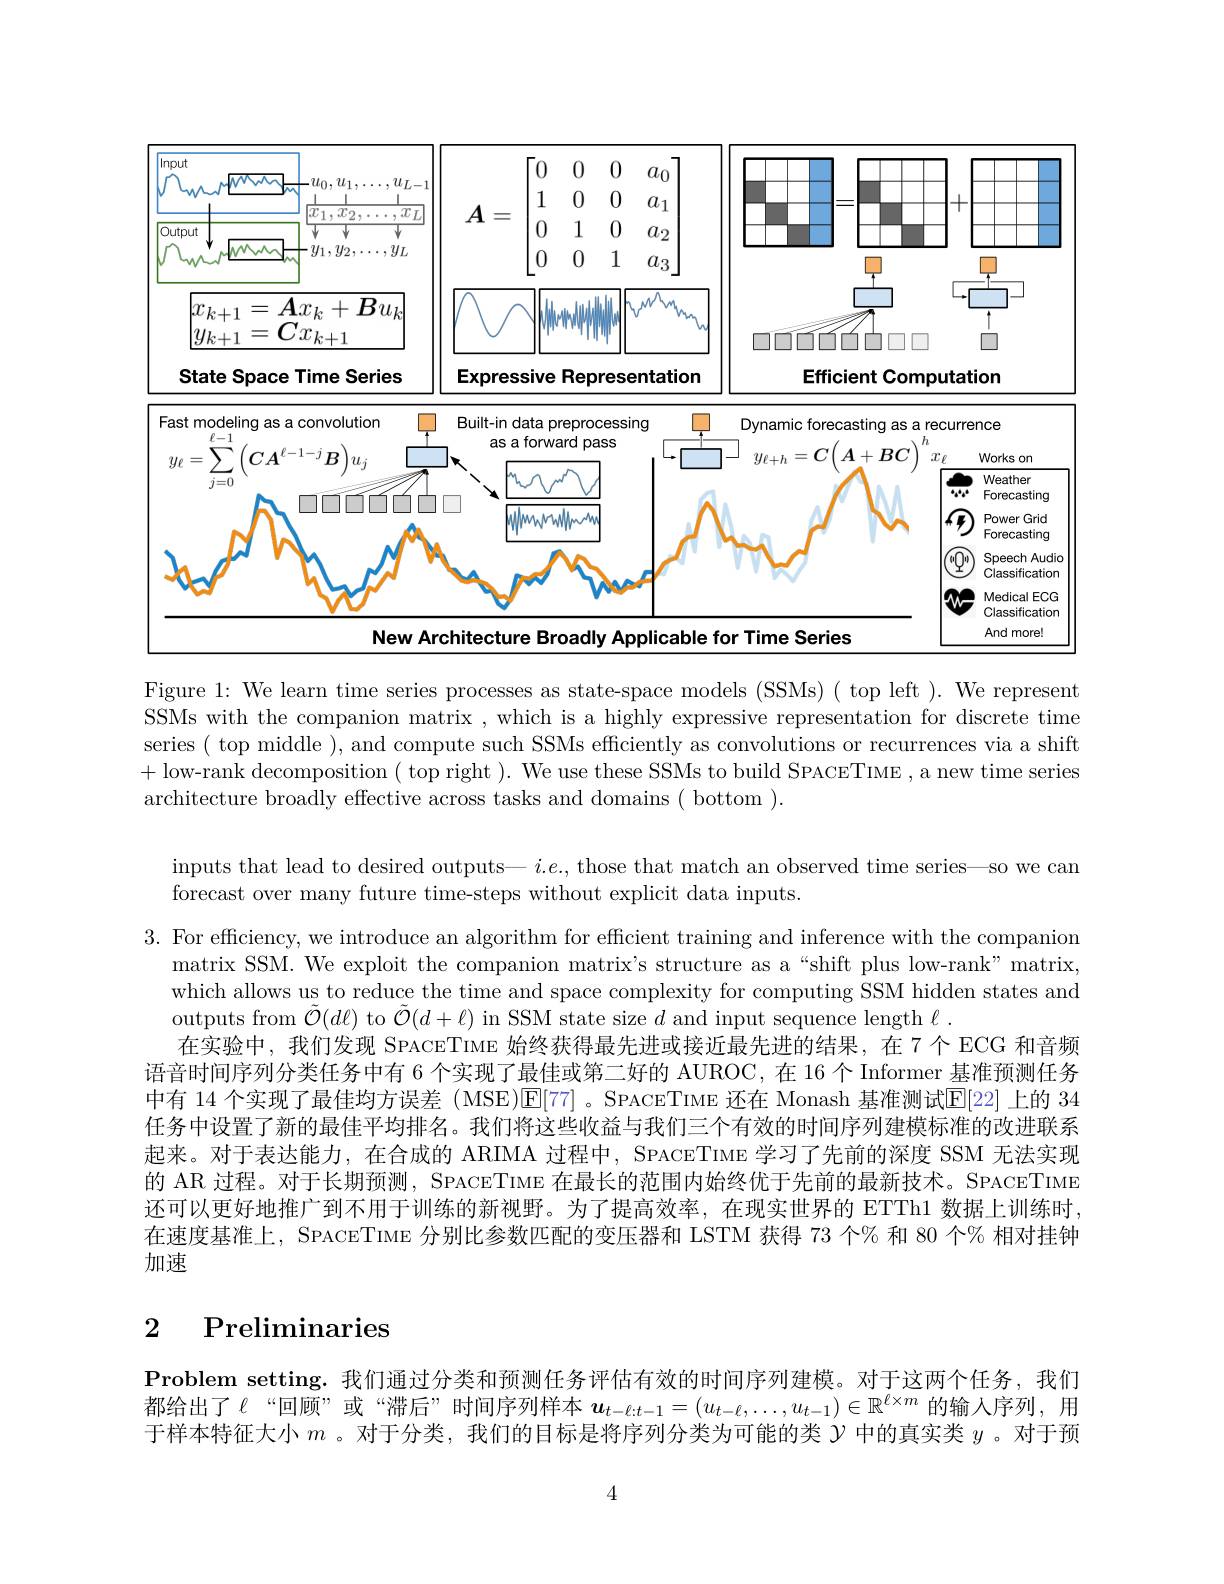
<FigureHere>

Figure 1: We learn time series processes as state-space models (SSMs) ( top left ). We represent SSMs with the companion matrix , which is a highly expressive representation for discrete time series ( top middle ), and compute such SSMs efficiently as convolutions or recurrences via a shift + low-rank decomposition ( top right ). We use these SSMs to build SPACETIME , a new time series architecture broadly effective across tasks and domains ( bottom ).

inputs that lead to desired outputs— $i.e.$, those that match an observed time series—so we can
forecast over many future time-steps without explicit data inputs.

3. For efficiency, we introduce an algorithm for efficient training and inference with the companion
matrix SSM. We exploit the companion matrix's structure as a“shift plus low-rank" matrix, which allows us to reduce the time and space complexity for computing SSM hidden states and outputs from $\tilde{\mathcal{O}}(d\ell)$ to $\tilde{\mathcal{O}}(d+\ell)$ in SSM state size $d$ and input sequence length $\ell.$
在实验中，我们发现 SPACETIME 始终获得最先进或接近最先进的结果，在7个ECG 和音频语音时间序列分类任务中有 6 个实现了最佳或第二好的 AUROC,在 16 个 Informer 基准预测任务中有 14 个实现了最佳均方误差 (MSE)$\overline {E}$[ 77] 。SPACETIME 还在 Monash 基准测试$\overline {E}$[ 22] 上 的 34任务中设置了新的最佳平均排名。我们将这些收益与我们三个有效的时间序列建模标准的改进联系起来。对于表达能力，在合成的 ARIMA 过程中，SPACETIME 学习了先前的深度 SSM 无法实现的 AR 过程。对于长期预测，SPACETIME 在最长的范围内始终优于先前的最新技术。SPACETIME 还可以更好地推广到不用于训练的新视野。为了提高效率，在现实世界的 ETTh1 数据上训练时在速度基准上，SPACETIME 分别比参数匹配的变压器和 LSTM 获得 73 个% 和 80 个% 相对挂钟加速

## 2 $\textbf{Preliminaries}$

Problem setting. 我们通过分类和预测任务评估有效的时间序列建模。对于这两个任务，我们都给出了《“回顾”或“滞后”时间序列样本$u_{t-\ell:t-1}=(u_{t-\ell},\ldots,u_{t-1})\in\mathbb{R}^{\ell\times m}$的输人序列，用于样本特征大小$m$ 。对于分类，我们的目标是将序列分类为可能的类$\gamma$中的真实类$y$ 。对于预

4